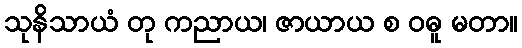
သုနိသာယံ တု ကညာယ၊ ဇာယာယ စ ဝဓူ မတာ။